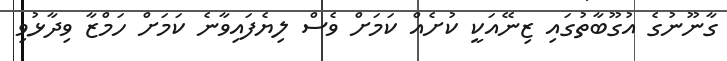
ގާނޫނުގެ އުގޫބާތުގައި ޒިނޭއަކީ ކުށެއް ކަމަށް ވެސް ލިޔެފައިވާނެ ކަމަށް ހަމްޒާ ވިދާޅުވި